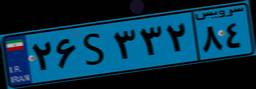
۲۶S۳۳۲۸۴